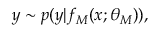
\begin{array} { r } { y \sim p ( y | f _ { M } ( x ; \theta _ { M } ) ) , } \end{array}